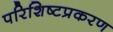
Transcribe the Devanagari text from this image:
परिशिष्टप्रकरण